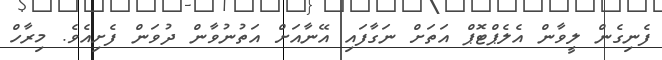
ފެނިގެން ލީވާން އެލެޕްޓޮޕް އަތަށް ނަގާފައި އޭނާއަށް އަތުނުވާން ދުވަން ފެށިއެވެ. މިރާހް